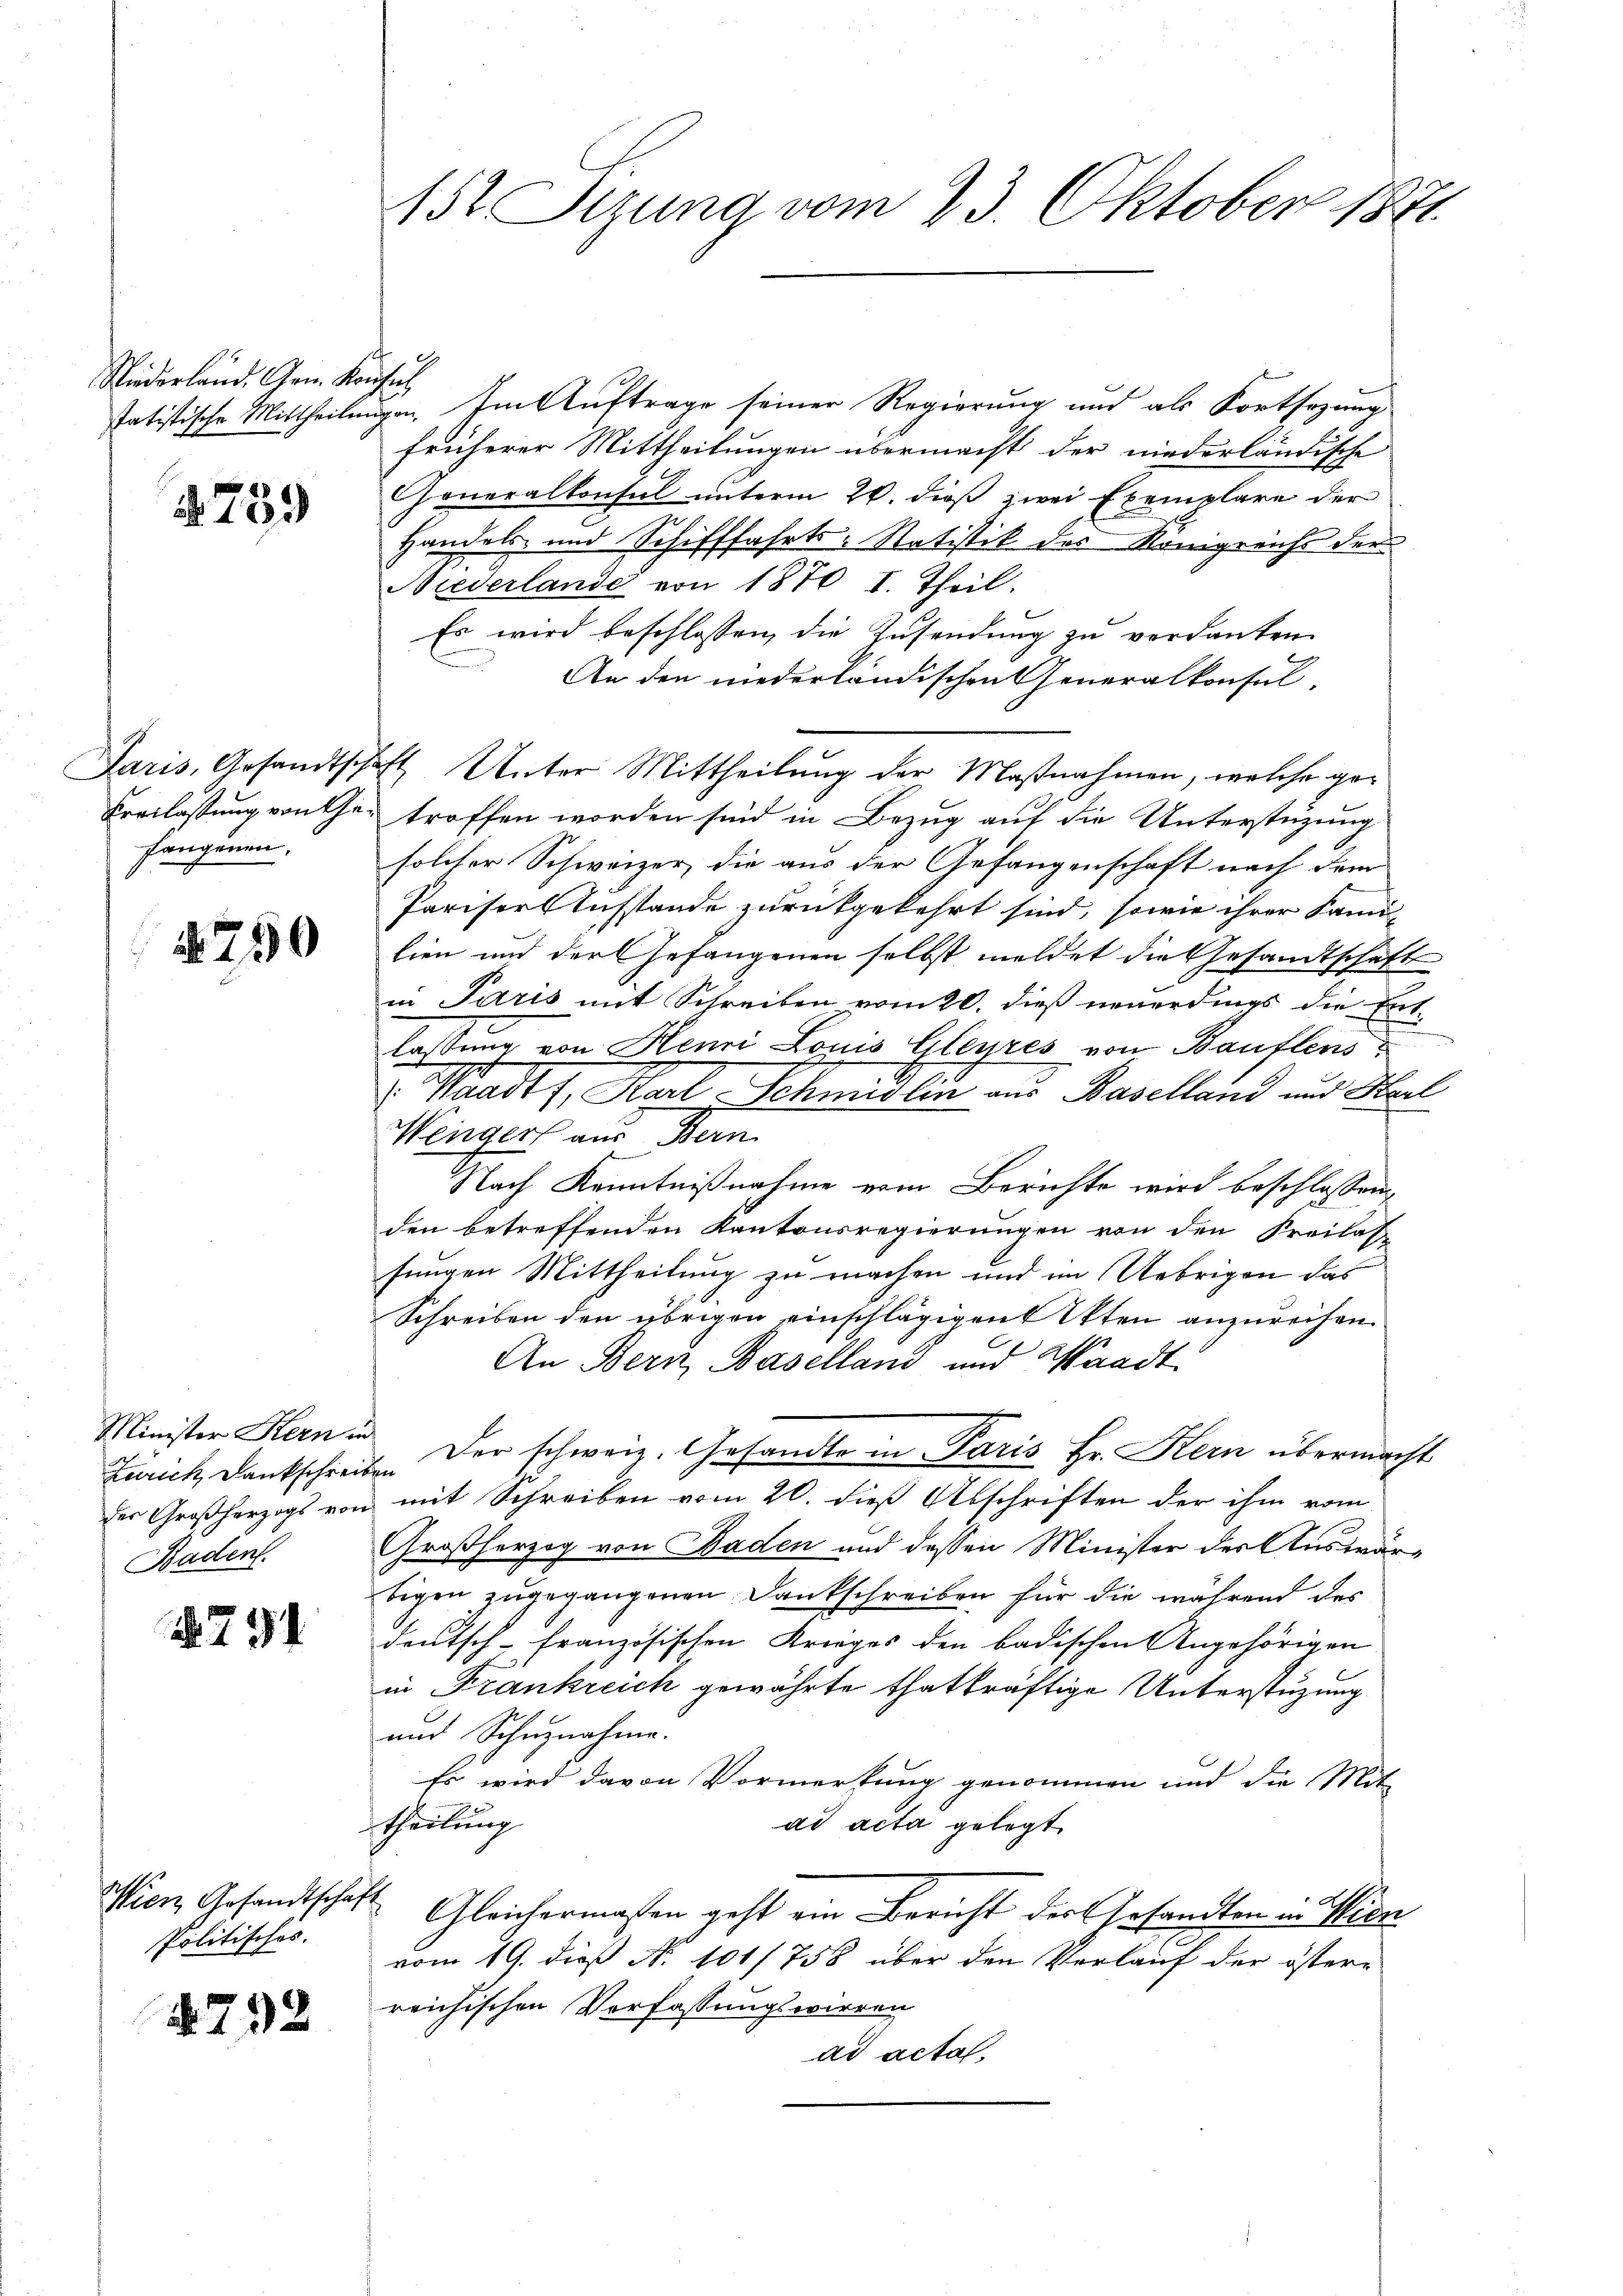
Niederland. Gen. Kon
tatistische Mittheile

§ 739

Jaris, Gesandtsch.
Freilassung von Gefangenen,

750

Minister Kern in
Zürich Dankschreider Großherzogs vor
Baden.

N. 734.

Wien Gesandtschaf
Politischös.

792

152 Sizung vom 23. Oktober 1871.

i
gen. Im Auftrage seiner Regierung und als Fortsezung
früherer Mittheilungen übermacht der niederländische
Goneralkonsul unterm 26. dieß zwei Exemplare der
Handels- und Schifffahrts-Statistik des Königreichs der
Miederlande von 1870 I. Theil.
Es wird beschlossen, die Zusendung zu verdanken.
An den niederländischen Generalkonsul-
Et Unter Mittheilung der Maßnahmen, welche getroffen worden sind in Bezug auf die Unterstüzung
solcher Schweizer, die aus der Gefangenschaft nach dem
Pariser Ausstande zurückgekehrt sind, sowie ihrer Fami-
lien und der Gefangenen selbst meldet die Gesandtschafts
in Paris mit Schreiben vom 20. dieß neuerdings die Ent-
lassung von Henri Louis Gleyres von Baullens
V. Waadt, Karl Schmidlin aus Baselland und Harl
Wengers aus Bern
Nach Kenntnißnahme vom Berichte wird beschlossen
den betreffenden Kantonsregierungen von den Freilas-
sungen Mittheilung zu machen und im Uebrigen das
Schreiben den übrigen einschlägigent Otten anzureihen.
An Bern, Baselland und Waadt
 Der schweiz. Gesandte in Paris Hr. Hern übermacht
mit Schreiben vom 20. dieß Abschriften der ihm vom
Großherzog von Baden und dessen Minister der Auswärbigen zugegangenen Dankschreiben für die während des
deutsch-französischen Krieges den badischen Angehörigen
in Frankreich gewährte thatkräftige Unterstüzung
und Schuznahme.
Es wird davon Vormerkung genommen und die Mit-
theilung
ad acta gelegt.
Gleichermassen geht ein Bericht der Gesandten in Wien
vom 19. dieß No 101/758 über den Verlauf der östere
reichischen Verfassungswirren
ad acta.